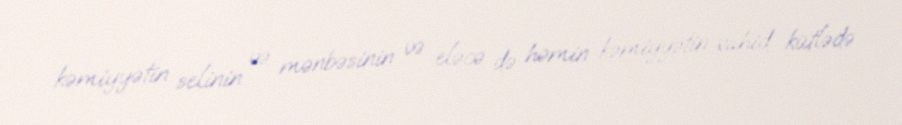
kəmiyyətin selinin və mənbəsinin və eləcə də həmin kəmiyyətin vahid kütlədə